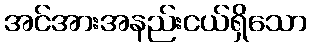
အင်အားအနည်းငယ်ရှိသော